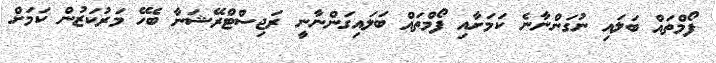
ފޯމްތައް ބަލައި ނުގަންނާނެ ކަމަށާއި ފޯމްތައް ބަލައިގަންނާނީ ރަޖިސްޓްރޭޝަނާ ބެހޭ މަރުކަޒުން ކަމަށް